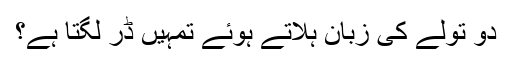
دو تولے کی زبان ہلاتے ہوئے تمہیں ڈر لگتا ہے؟